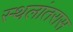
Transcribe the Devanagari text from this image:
स्थलांतरास